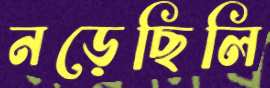
নড়েছিলি